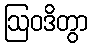
ဩဝဒိတွာ